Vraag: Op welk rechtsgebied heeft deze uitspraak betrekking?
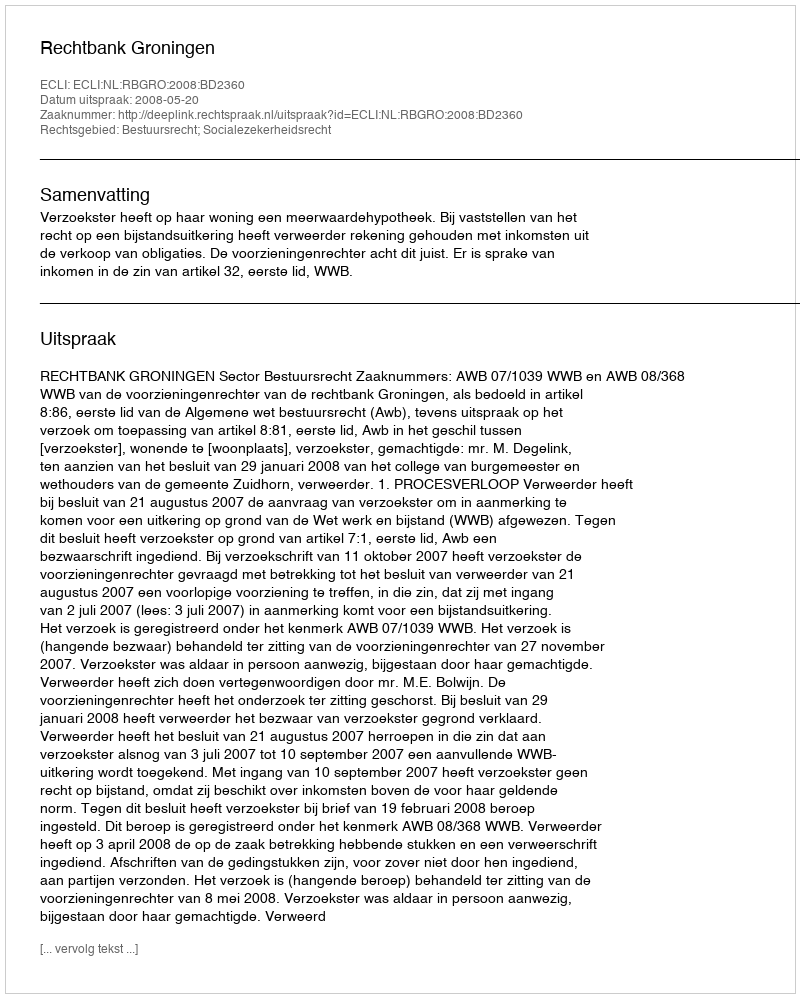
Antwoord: Bestuursrecht; Socialezekerheidsrecht